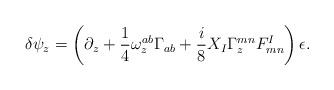
LaTeX: \begin{align*}\delta \psi _{z}=\left( \partial _{z}+{\frac{1}{4}}\omega _{z}^{ab}\Gamma_{ab}+{\frac{i}{8}}X_{I}\Gamma _{z}^{mn}F_{mn}^{I}\right) \epsilon.\end{align*}